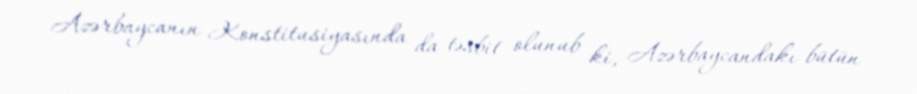
Azərbaycanın Konstitusiyasında da təsbit olunub ki, Azərbaycandakı bütün